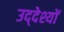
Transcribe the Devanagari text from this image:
उद्‌देश्यों